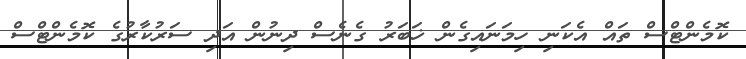
ކޮމެންޓްސް ތައް އެކަނި ހިމަނައިގެން ޚަބަރު ގެނެސް ދިނުން އަދި ސަރުކާރުގެ ކޮމެންޓްސް